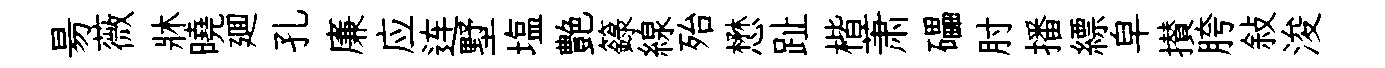
昜薇牀曉廽孔廉应连墅塩艶籙線殆懋趾楷萧礧肘播縹皁攅胯敍浚